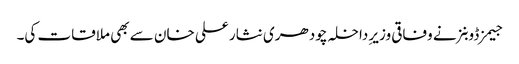
جیمز ڈوبنز نے وفاقی وزیرِ داخلہ چودھری نثار علی خان سے بھی ملاقات کی۔